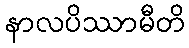
နာလပိဿာမီတိ